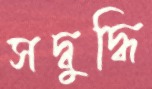
সদ্‌বুদ্ধি